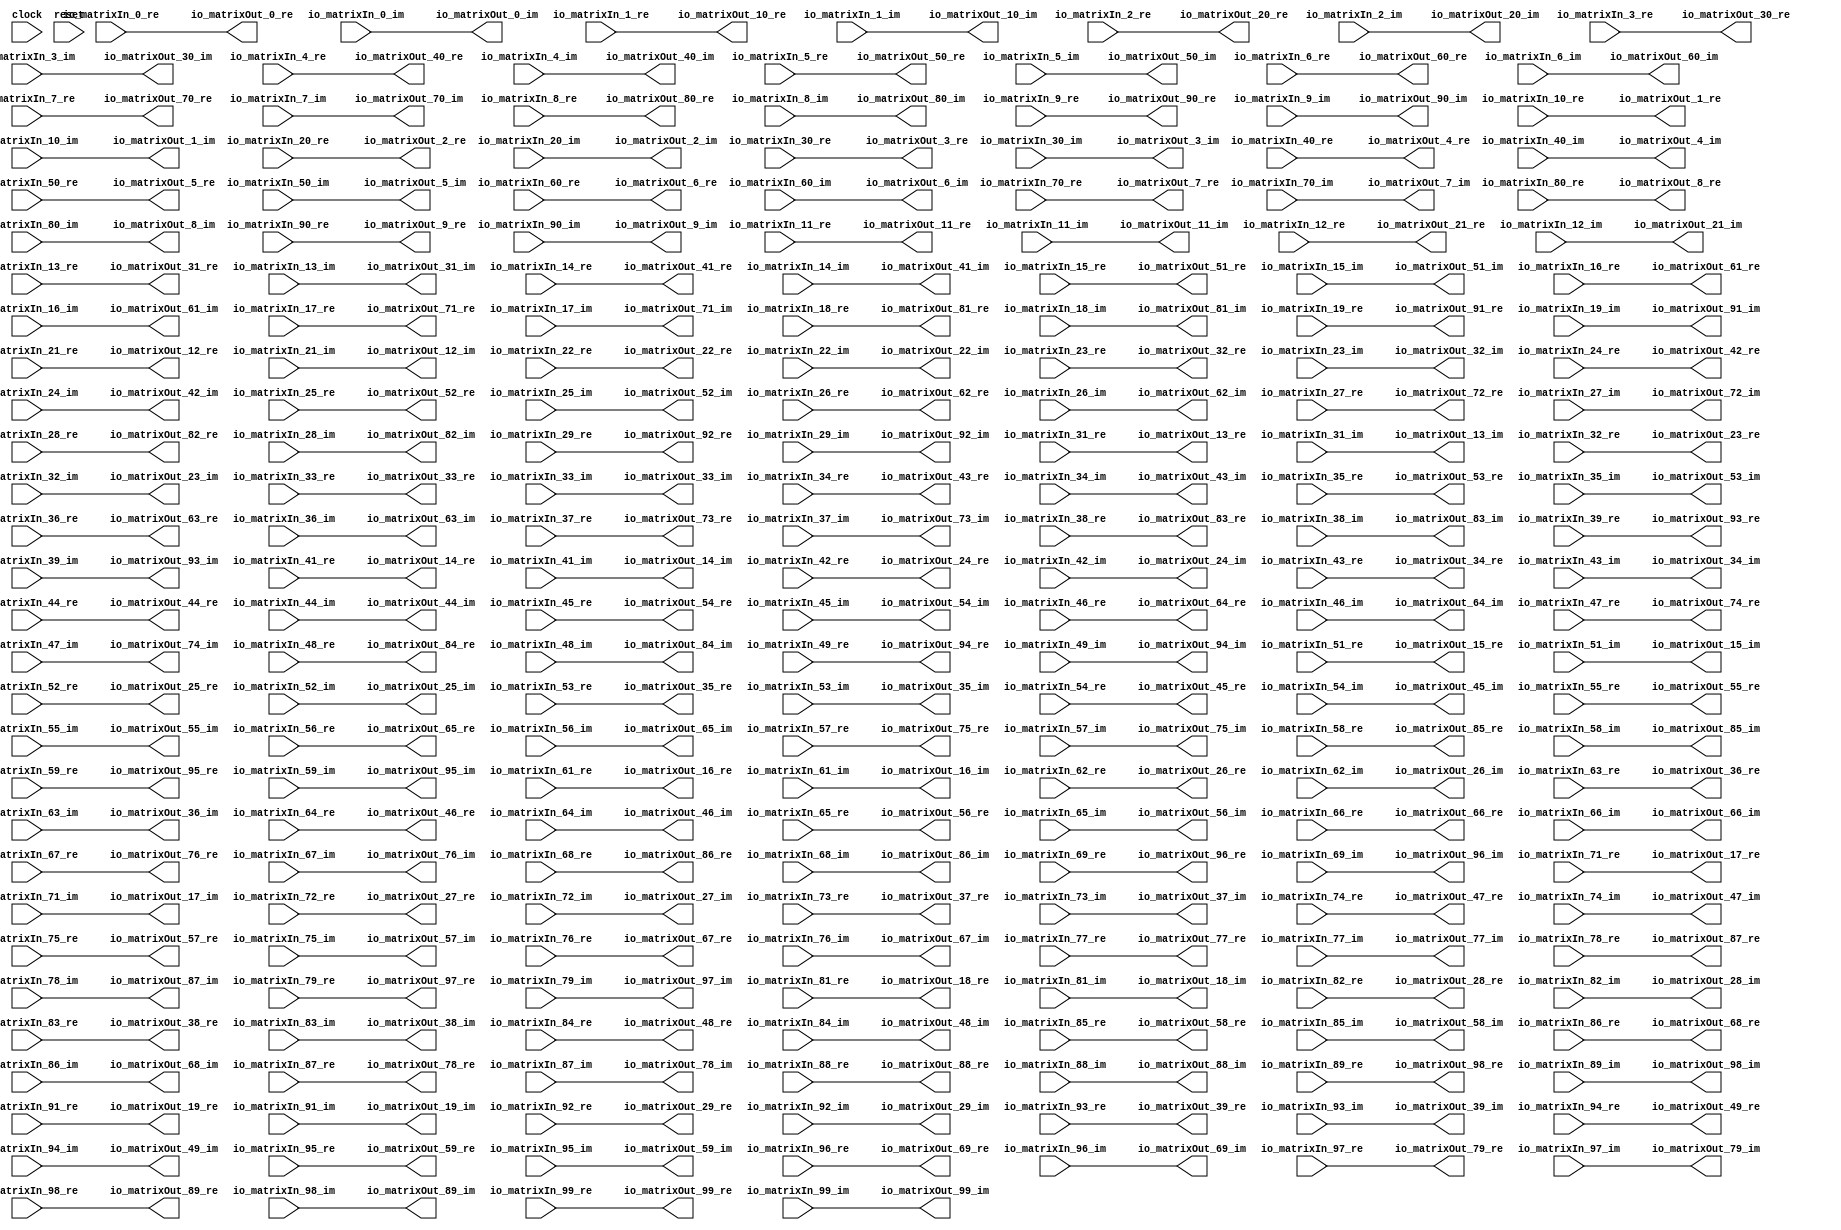
module matrix_transpose(
  input         clock,
  input         reset,
  input  [63:0] io_matrixIn_0_re,
  input  [63:0] io_matrixIn_0_im,
  input  [63:0] io_matrixIn_1_re,
  input  [63:0] io_matrixIn_1_im,
  input  [63:0] io_matrixIn_2_re,
  input  [63:0] io_matrixIn_2_im,
  input  [63:0] io_matrixIn_3_re,
  input  [63:0] io_matrixIn_3_im,
  input  [63:0] io_matrixIn_4_re,
  input  [63:0] io_matrixIn_4_im,
  input  [63:0] io_matrixIn_5_re,
  input  [63:0] io_matrixIn_5_im,
  input  [63:0] io_matrixIn_6_re,
  input  [63:0] io_matrixIn_6_im,
  input  [63:0] io_matrixIn_7_re,
  input  [63:0] io_matrixIn_7_im,
  input  [63:0] io_matrixIn_8_re,
  input  [63:0] io_matrixIn_8_im,
  input  [63:0] io_matrixIn_9_re,
  input  [63:0] io_matrixIn_9_im,
  input  [63:0] io_matrixIn_10_re,
  input  [63:0] io_matrixIn_10_im,
  input  [63:0] io_matrixIn_11_re,
  input  [63:0] io_matrixIn_11_im,
  input  [63:0] io_matrixIn_12_re,
  input  [63:0] io_matrixIn_12_im,
  input  [63:0] io_matrixIn_13_re,
  input  [63:0] io_matrixIn_13_im,
  input  [63:0] io_matrixIn_14_re,
  input  [63:0] io_matrixIn_14_im,
  input  [63:0] io_matrixIn_15_re,
  input  [63:0] io_matrixIn_15_im,
  input  [63:0] io_matrixIn_16_re,
  input  [63:0] io_matrixIn_16_im,
  input  [63:0] io_matrixIn_17_re,
  input  [63:0] io_matrixIn_17_im,
  input  [63:0] io_matrixIn_18_re,
  input  [63:0] io_matrixIn_18_im,
  input  [63:0] io_matrixIn_19_re,
  input  [63:0] io_matrixIn_19_im,
  input  [63:0] io_matrixIn_20_re,
  input  [63:0] io_matrixIn_20_im,
  input  [63:0] io_matrixIn_21_re,
  input  [63:0] io_matrixIn_21_im,
  input  [63:0] io_matrixIn_22_re,
  input  [63:0] io_matrixIn_22_im,
  input  [63:0] io_matrixIn_23_re,
  input  [63:0] io_matrixIn_23_im,
  input  [63:0] io_matrixIn_24_re,
  input  [63:0] io_matrixIn_24_im,
  input  [63:0] io_matrixIn_25_re,
  input  [63:0] io_matrixIn_25_im,
  input  [63:0] io_matrixIn_26_re,
  input  [63:0] io_matrixIn_26_im,
  input  [63:0] io_matrixIn_27_re,
  input  [63:0] io_matrixIn_27_im,
  input  [63:0] io_matrixIn_28_re,
  input  [63:0] io_matrixIn_28_im,
  input  [63:0] io_matrixIn_29_re,
  input  [63:0] io_matrixIn_29_im,
  input  [63:0] io_matrixIn_30_re,
  input  [63:0] io_matrixIn_30_im,
  input  [63:0] io_matrixIn_31_re,
  input  [63:0] io_matrixIn_31_im,
  input  [63:0] io_matrixIn_32_re,
  input  [63:0] io_matrixIn_32_im,
  input  [63:0] io_matrixIn_33_re,
  input  [63:0] io_matrixIn_33_im,
  input  [63:0] io_matrixIn_34_re,
  input  [63:0] io_matrixIn_34_im,
  input  [63:0] io_matrixIn_35_re,
  input  [63:0] io_matrixIn_35_im,
  input  [63:0] io_matrixIn_36_re,
  input  [63:0] io_matrixIn_36_im,
  input  [63:0] io_matrixIn_37_re,
  input  [63:0] io_matrixIn_37_im,
  input  [63:0] io_matrixIn_38_re,
  input  [63:0] io_matrixIn_38_im,
  input  [63:0] io_matrixIn_39_re,
  input  [63:0] io_matrixIn_39_im,
  input  [63:0] io_matrixIn_40_re,
  input  [63:0] io_matrixIn_40_im,
  input  [63:0] io_matrixIn_41_re,
  input  [63:0] io_matrixIn_41_im,
  input  [63:0] io_matrixIn_42_re,
  input  [63:0] io_matrixIn_42_im,
  input  [63:0] io_matrixIn_43_re,
  input  [63:0] io_matrixIn_43_im,
  input  [63:0] io_matrixIn_44_re,
  input  [63:0] io_matrixIn_44_im,
  input  [63:0] io_matrixIn_45_re,
  input  [63:0] io_matrixIn_45_im,
  input  [63:0] io_matrixIn_46_re,
  input  [63:0] io_matrixIn_46_im,
  input  [63:0] io_matrixIn_47_re,
  input  [63:0] io_matrixIn_47_im,
  input  [63:0] io_matrixIn_48_re,
  input  [63:0] io_matrixIn_48_im,
  input  [63:0] io_matrixIn_49_re,
  input  [63:0] io_matrixIn_49_im,
  input  [63:0] io_matrixIn_50_re,
  input  [63:0] io_matrixIn_50_im,
  input  [63:0] io_matrixIn_51_re,
  input  [63:0] io_matrixIn_51_im,
  input  [63:0] io_matrixIn_52_re,
  input  [63:0] io_matrixIn_52_im,
  input  [63:0] io_matrixIn_53_re,
  input  [63:0] io_matrixIn_53_im,
  input  [63:0] io_matrixIn_54_re,
  input  [63:0] io_matrixIn_54_im,
  input  [63:0] io_matrixIn_55_re,
  input  [63:0] io_matrixIn_55_im,
  input  [63:0] io_matrixIn_56_re,
  input  [63:0] io_matrixIn_56_im,
  input  [63:0] io_matrixIn_57_re,
  input  [63:0] io_matrixIn_57_im,
  input  [63:0] io_matrixIn_58_re,
  input  [63:0] io_matrixIn_58_im,
  input  [63:0] io_matrixIn_59_re,
  input  [63:0] io_matrixIn_59_im,
  input  [63:0] io_matrixIn_60_re,
  input  [63:0] io_matrixIn_60_im,
  input  [63:0] io_matrixIn_61_re,
  input  [63:0] io_matrixIn_61_im,
  input  [63:0] io_matrixIn_62_re,
  input  [63:0] io_matrixIn_62_im,
  input  [63:0] io_matrixIn_63_re,
  input  [63:0] io_matrixIn_63_im,
  input  [63:0] io_matrixIn_64_re,
  input  [63:0] io_matrixIn_64_im,
  input  [63:0] io_matrixIn_65_re,
  input  [63:0] io_matrixIn_65_im,
  input  [63:0] io_matrixIn_66_re,
  input  [63:0] io_matrixIn_66_im,
  input  [63:0] io_matrixIn_67_re,
  input  [63:0] io_matrixIn_67_im,
  input  [63:0] io_matrixIn_68_re,
  input  [63:0] io_matrixIn_68_im,
  input  [63:0] io_matrixIn_69_re,
  input  [63:0] io_matrixIn_69_im,
  input  [63:0] io_matrixIn_70_re,
  input  [63:0] io_matrixIn_70_im,
  input  [63:0] io_matrixIn_71_re,
  input  [63:0] io_matrixIn_71_im,
  input  [63:0] io_matrixIn_72_re,
  input  [63:0] io_matrixIn_72_im,
  input  [63:0] io_matrixIn_73_re,
  input  [63:0] io_matrixIn_73_im,
  input  [63:0] io_matrixIn_74_re,
  input  [63:0] io_matrixIn_74_im,
  input  [63:0] io_matrixIn_75_re,
  input  [63:0] io_matrixIn_75_im,
  input  [63:0] io_matrixIn_76_re,
  input  [63:0] io_matrixIn_76_im,
  input  [63:0] io_matrixIn_77_re,
  input  [63:0] io_matrixIn_77_im,
  input  [63:0] io_matrixIn_78_re,
  input  [63:0] io_matrixIn_78_im,
  input  [63:0] io_matrixIn_79_re,
  input  [63:0] io_matrixIn_79_im,
  input  [63:0] io_matrixIn_80_re,
  input  [63:0] io_matrixIn_80_im,
  input  [63:0] io_matrixIn_81_re,
  input  [63:0] io_matrixIn_81_im,
  input  [63:0] io_matrixIn_82_re,
  input  [63:0] io_matrixIn_82_im,
  input  [63:0] io_matrixIn_83_re,
  input  [63:0] io_matrixIn_83_im,
  input  [63:0] io_matrixIn_84_re,
  input  [63:0] io_matrixIn_84_im,
  input  [63:0] io_matrixIn_85_re,
  input  [63:0] io_matrixIn_85_im,
  input  [63:0] io_matrixIn_86_re,
  input  [63:0] io_matrixIn_86_im,
  input  [63:0] io_matrixIn_87_re,
  input  [63:0] io_matrixIn_87_im,
  input  [63:0] io_matrixIn_88_re,
  input  [63:0] io_matrixIn_88_im,
  input  [63:0] io_matrixIn_89_re,
  input  [63:0] io_matrixIn_89_im,
  input  [63:0] io_matrixIn_90_re,
  input  [63:0] io_matrixIn_90_im,
  input  [63:0] io_matrixIn_91_re,
  input  [63:0] io_matrixIn_91_im,
  input  [63:0] io_matrixIn_92_re,
  input  [63:0] io_matrixIn_92_im,
  input  [63:0] io_matrixIn_93_re,
  input  [63:0] io_matrixIn_93_im,
  input  [63:0] io_matrixIn_94_re,
  input  [63:0] io_matrixIn_94_im,
  input  [63:0] io_matrixIn_95_re,
  input  [63:0] io_matrixIn_95_im,
  input  [63:0] io_matrixIn_96_re,
  input  [63:0] io_matrixIn_96_im,
  input  [63:0] io_matrixIn_97_re,
  input  [63:0] io_matrixIn_97_im,
  input  [63:0] io_matrixIn_98_re,
  input  [63:0] io_matrixIn_98_im,
  input  [63:0] io_matrixIn_99_re,
  input  [63:0] io_matrixIn_99_im,
  output [63:0] io_matrixOut_0_re,
  output [63:0] io_matrixOut_0_im,
  output [63:0] io_matrixOut_1_re,
  output [63:0] io_matrixOut_1_im,
  output [63:0] io_matrixOut_2_re,
  output [63:0] io_matrixOut_2_im,
  output [63:0] io_matrixOut_3_re,
  output [63:0] io_matrixOut_3_im,
  output [63:0] io_matrixOut_4_re,
  output [63:0] io_matrixOut_4_im,
  output [63:0] io_matrixOut_5_re,
  output [63:0] io_matrixOut_5_im,
  output [63:0] io_matrixOut_6_re,
  output [63:0] io_matrixOut_6_im,
  output [63:0] io_matrixOut_7_re,
  output [63:0] io_matrixOut_7_im,
  output [63:0] io_matrixOut_8_re,
  output [63:0] io_matrixOut_8_im,
  output [63:0] io_matrixOut_9_re,
  output [63:0] io_matrixOut_9_im,
  output [63:0] io_matrixOut_10_re,
  output [63:0] io_matrixOut_10_im,
  output [63:0] io_matrixOut_11_re,
  output [63:0] io_matrixOut_11_im,
  output [63:0] io_matrixOut_12_re,
  output [63:0] io_matrixOut_12_im,
  output [63:0] io_matrixOut_13_re,
  output [63:0] io_matrixOut_13_im,
  output [63:0] io_matrixOut_14_re,
  output [63:0] io_matrixOut_14_im,
  output [63:0] io_matrixOut_15_re,
  output [63:0] io_matrixOut_15_im,
  output [63:0] io_matrixOut_16_re,
  output [63:0] io_matrixOut_16_im,
  output [63:0] io_matrixOut_17_re,
  output [63:0] io_matrixOut_17_im,
  output [63:0] io_matrixOut_18_re,
  output [63:0] io_matrixOut_18_im,
  output [63:0] io_matrixOut_19_re,
  output [63:0] io_matrixOut_19_im,
  output [63:0] io_matrixOut_20_re,
  output [63:0] io_matrixOut_20_im,
  output [63:0] io_matrixOut_21_re,
  output [63:0] io_matrixOut_21_im,
  output [63:0] io_matrixOut_22_re,
  output [63:0] io_matrixOut_22_im,
  output [63:0] io_matrixOut_23_re,
  output [63:0] io_matrixOut_23_im,
  output [63:0] io_matrixOut_24_re,
  output [63:0] io_matrixOut_24_im,
  output [63:0] io_matrixOut_25_re,
  output [63:0] io_matrixOut_25_im,
  output [63:0] io_matrixOut_26_re,
  output [63:0] io_matrixOut_26_im,
  output [63:0] io_matrixOut_27_re,
  output [63:0] io_matrixOut_27_im,
  output [63:0] io_matrixOut_28_re,
  output [63:0] io_matrixOut_28_im,
  output [63:0] io_matrixOut_29_re,
  output [63:0] io_matrixOut_29_im,
  output [63:0] io_matrixOut_30_re,
  output [63:0] io_matrixOut_30_im,
  output [63:0] io_matrixOut_31_re,
  output [63:0] io_matrixOut_31_im,
  output [63:0] io_matrixOut_32_re,
  output [63:0] io_matrixOut_32_im,
  output [63:0] io_matrixOut_33_re,
  output [63:0] io_matrixOut_33_im,
  output [63:0] io_matrixOut_34_re,
  output [63:0] io_matrixOut_34_im,
  output [63:0] io_matrixOut_35_re,
  output [63:0] io_matrixOut_35_im,
  output [63:0] io_matrixOut_36_re,
  output [63:0] io_matrixOut_36_im,
  output [63:0] io_matrixOut_37_re,
  output [63:0] io_matrixOut_37_im,
  output [63:0] io_matrixOut_38_re,
  output [63:0] io_matrixOut_38_im,
  output [63:0] io_matrixOut_39_re,
  output [63:0] io_matrixOut_39_im,
  output [63:0] io_matrixOut_40_re,
  output [63:0] io_matrixOut_40_im,
  output [63:0] io_matrixOut_41_re,
  output [63:0] io_matrixOut_41_im,
  output [63:0] io_matrixOut_42_re,
  output [63:0] io_matrixOut_42_im,
  output [63:0] io_matrixOut_43_re,
  output [63:0] io_matrixOut_43_im,
  output [63:0] io_matrixOut_44_re,
  output [63:0] io_matrixOut_44_im,
  output [63:0] io_matrixOut_45_re,
  output [63:0] io_matrixOut_45_im,
  output [63:0] io_matrixOut_46_re,
  output [63:0] io_matrixOut_46_im,
  output [63:0] io_matrixOut_47_re,
  output [63:0] io_matrixOut_47_im,
  output [63:0] io_matrixOut_48_re,
  output [63:0] io_matrixOut_48_im,
  output [63:0] io_matrixOut_49_re,
  output [63:0] io_matrixOut_49_im,
  output [63:0] io_matrixOut_50_re,
  output [63:0] io_matrixOut_50_im,
  output [63:0] io_matrixOut_51_re,
  output [63:0] io_matrixOut_51_im,
  output [63:0] io_matrixOut_52_re,
  output [63:0] io_matrixOut_52_im,
  output [63:0] io_matrixOut_53_re,
  output [63:0] io_matrixOut_53_im,
  output [63:0] io_matrixOut_54_re,
  output [63:0] io_matrixOut_54_im,
  output [63:0] io_matrixOut_55_re,
  output [63:0] io_matrixOut_55_im,
  output [63:0] io_matrixOut_56_re,
  output [63:0] io_matrixOut_56_im,
  output [63:0] io_matrixOut_57_re,
  output [63:0] io_matrixOut_57_im,
  output [63:0] io_matrixOut_58_re,
  output [63:0] io_matrixOut_58_im,
  output [63:0] io_matrixOut_59_re,
  output [63:0] io_matrixOut_59_im,
  output [63:0] io_matrixOut_60_re,
  output [63:0] io_matrixOut_60_im,
  output [63:0] io_matrixOut_61_re,
  output [63:0] io_matrixOut_61_im,
  output [63:0] io_matrixOut_62_re,
  output [63:0] io_matrixOut_62_im,
  output [63:0] io_matrixOut_63_re,
  output [63:0] io_matrixOut_63_im,
  output [63:0] io_matrixOut_64_re,
  output [63:0] io_matrixOut_64_im,
  output [63:0] io_matrixOut_65_re,
  output [63:0] io_matrixOut_65_im,
  output [63:0] io_matrixOut_66_re,
  output [63:0] io_matrixOut_66_im,
  output [63:0] io_matrixOut_67_re,
  output [63:0] io_matrixOut_67_im,
  output [63:0] io_matrixOut_68_re,
  output [63:0] io_matrixOut_68_im,
  output [63:0] io_matrixOut_69_re,
  output [63:0] io_matrixOut_69_im,
  output [63:0] io_matrixOut_70_re,
  output [63:0] io_matrixOut_70_im,
  output [63:0] io_matrixOut_71_re,
  output [63:0] io_matrixOut_71_im,
  output [63:0] io_matrixOut_72_re,
  output [63:0] io_matrixOut_72_im,
  output [63:0] io_matrixOut_73_re,
  output [63:0] io_matrixOut_73_im,
  output [63:0] io_matrixOut_74_re,
  output [63:0] io_matrixOut_74_im,
  output [63:0] io_matrixOut_75_re,
  output [63:0] io_matrixOut_75_im,
  output [63:0] io_matrixOut_76_re,
  output [63:0] io_matrixOut_76_im,
  output [63:0] io_matrixOut_77_re,
  output [63:0] io_matrixOut_77_im,
  output [63:0] io_matrixOut_78_re,
  output [63:0] io_matrixOut_78_im,
  output [63:0] io_matrixOut_79_re,
  output [63:0] io_matrixOut_79_im,
  output [63:0] io_matrixOut_80_re,
  output [63:0] io_matrixOut_80_im,
  output [63:0] io_matrixOut_81_re,
  output [63:0] io_matrixOut_81_im,
  output [63:0] io_matrixOut_82_re,
  output [63:0] io_matrixOut_82_im,
  output [63:0] io_matrixOut_83_re,
  output [63:0] io_matrixOut_83_im,
  output [63:0] io_matrixOut_84_re,
  output [63:0] io_matrixOut_84_im,
  output [63:0] io_matrixOut_85_re,
  output [63:0] io_matrixOut_85_im,
  output [63:0] io_matrixOut_86_re,
  output [63:0] io_matrixOut_86_im,
  output [63:0] io_matrixOut_87_re,
  output [63:0] io_matrixOut_87_im,
  output [63:0] io_matrixOut_88_re,
  output [63:0] io_matrixOut_88_im,
  output [63:0] io_matrixOut_89_re,
  output [63:0] io_matrixOut_89_im,
  output [63:0] io_matrixOut_90_re,
  output [63:0] io_matrixOut_90_im,
  output [63:0] io_matrixOut_91_re,
  output [63:0] io_matrixOut_91_im,
  output [63:0] io_matrixOut_92_re,
  output [63:0] io_matrixOut_92_im,
  output [63:0] io_matrixOut_93_re,
  output [63:0] io_matrixOut_93_im,
  output [63:0] io_matrixOut_94_re,
  output [63:0] io_matrixOut_94_im,
  output [63:0] io_matrixOut_95_re,
  output [63:0] io_matrixOut_95_im,
  output [63:0] io_matrixOut_96_re,
  output [63:0] io_matrixOut_96_im,
  output [63:0] io_matrixOut_97_re,
  output [63:0] io_matrixOut_97_im,
  output [63:0] io_matrixOut_98_re,
  output [63:0] io_matrixOut_98_im,
  output [63:0] io_matrixOut_99_re,
  output [63:0] io_matrixOut_99_im
);
  assign io_matrixOut_0_re = io_matrixIn_0_re; // @[Matrix_Transpose.scala 22:31]
  assign io_matrixOut_0_im = io_matrixIn_0_im; // @[Matrix_Transpose.scala 22:31]
  assign io_matrixOut_1_re = io_matrixIn_10_re; // @[Matrix_Transpose.scala 22:31]
  assign io_matrixOut_1_im = io_matrixIn_10_im; // @[Matrix_Transpose.scala 22:31]
  assign io_matrixOut_2_re = io_matrixIn_20_re; // @[Matrix_Transpose.scala 22:31]
  assign io_matrixOut_2_im = io_matrixIn_20_im; // @[Matrix_Transpose.scala 22:31]
  assign io_matrixOut_3_re = io_matrixIn_30_re; // @[Matrix_Transpose.scala 22:31]
  assign io_matrixOut_3_im = io_matrixIn_30_im; // @[Matrix_Transpose.scala 22:31]
  assign io_matrixOut_4_re = io_matrixIn_40_re; // @[Matrix_Transpose.scala 22:31]
  assign io_matrixOut_4_im = io_matrixIn_40_im; // @[Matrix_Transpose.scala 22:31]
  assign io_matrixOut_5_re = io_matrixIn_50_re; // @[Matrix_Transpose.scala 22:31]
  assign io_matrixOut_5_im = io_matrixIn_50_im; // @[Matrix_Transpose.scala 22:31]
  assign io_matrixOut_6_re = io_matrixIn_60_re; // @[Matrix_Transpose.scala 22:31]
  assign io_matrixOut_6_im = io_matrixIn_60_im; // @[Matrix_Transpose.scala 22:31]
  assign io_matrixOut_7_re = io_matrixIn_70_re; // @[Matrix_Transpose.scala 22:31]
  assign io_matrixOut_7_im = io_matrixIn_70_im; // @[Matrix_Transpose.scala 22:31]
  assign io_matrixOut_8_re = io_matrixIn_80_re; // @[Matrix_Transpose.scala 22:31]
  assign io_matrixOut_8_im = io_matrixIn_80_im; // @[Matrix_Transpose.scala 22:31]
  assign io_matrixOut_9_re = io_matrixIn_90_re; // @[Matrix_Transpose.scala 22:31]
  assign io_matrixOut_9_im = io_matrixIn_90_im; // @[Matrix_Transpose.scala 22:31]
  assign io_matrixOut_10_re = io_matrixIn_1_re; // @[Matrix_Transpose.scala 22:31]
  assign io_matrixOut_10_im = io_matrixIn_1_im; // @[Matrix_Transpose.scala 22:31]
  assign io_matrixOut_11_re = io_matrixIn_11_re; // @[Matrix_Transpose.scala 22:31]
  assign io_matrixOut_11_im = io_matrixIn_11_im; // @[Matrix_Transpose.scala 22:31]
  assign io_matrixOut_12_re = io_matrixIn_21_re; // @[Matrix_Transpose.scala 22:31]
  assign io_matrixOut_12_im = io_matrixIn_21_im; // @[Matrix_Transpose.scala 22:31]
  assign io_matrixOut_13_re = io_matrixIn_31_re; // @[Matrix_Transpose.scala 22:31]
  assign io_matrixOut_13_im = io_matrixIn_31_im; // @[Matrix_Transpose.scala 22:31]
  assign io_matrixOut_14_re = io_matrixIn_41_re; // @[Matrix_Transpose.scala 22:31]
  assign io_matrixOut_14_im = io_matrixIn_41_im; // @[Matrix_Transpose.scala 22:31]
  assign io_matrixOut_15_re = io_matrixIn_51_re; // @[Matrix_Transpose.scala 22:31]
  assign io_matrixOut_15_im = io_matrixIn_51_im; // @[Matrix_Transpose.scala 22:31]
  assign io_matrixOut_16_re = io_matrixIn_61_re; // @[Matrix_Transpose.scala 22:31]
  assign io_matrixOut_16_im = io_matrixIn_61_im; // @[Matrix_Transpose.scala 22:31]
  assign io_matrixOut_17_re = io_matrixIn_71_re; // @[Matrix_Transpose.scala 22:31]
  assign io_matrixOut_17_im = io_matrixIn_71_im; // @[Matrix_Transpose.scala 22:31]
  assign io_matrixOut_18_re = io_matrixIn_81_re; // @[Matrix_Transpose.scala 22:31]
  assign io_matrixOut_18_im = io_matrixIn_81_im; // @[Matrix_Transpose.scala 22:31]
  assign io_matrixOut_19_re = io_matrixIn_91_re; // @[Matrix_Transpose.scala 22:31]
  assign io_matrixOut_19_im = io_matrixIn_91_im; // @[Matrix_Transpose.scala 22:31]
  assign io_matrixOut_20_re = io_matrixIn_2_re; // @[Matrix_Transpose.scala 22:31]
  assign io_matrixOut_20_im = io_matrixIn_2_im; // @[Matrix_Transpose.scala 22:31]
  assign io_matrixOut_21_re = io_matrixIn_12_re; // @[Matrix_Transpose.scala 22:31]
  assign io_matrixOut_21_im = io_matrixIn_12_im; // @[Matrix_Transpose.scala 22:31]
  assign io_matrixOut_22_re = io_matrixIn_22_re; // @[Matrix_Transpose.scala 22:31]
  assign io_matrixOut_22_im = io_matrixIn_22_im; // @[Matrix_Transpose.scala 22:31]
  assign io_matrixOut_23_re = io_matrixIn_32_re; // @[Matrix_Transpose.scala 22:31]
  assign io_matrixOut_23_im = io_matrixIn_32_im; // @[Matrix_Transpose.scala 22:31]
  assign io_matrixOut_24_re = io_matrixIn_42_re; // @[Matrix_Transpose.scala 22:31]
  assign io_matrixOut_24_im = io_matrixIn_42_im; // @[Matrix_Transpose.scala 22:31]
  assign io_matrixOut_25_re = io_matrixIn_52_re; // @[Matrix_Transpose.scala 22:31]
  assign io_matrixOut_25_im = io_matrixIn_52_im; // @[Matrix_Transpose.scala 22:31]
  assign io_matrixOut_26_re = io_matrixIn_62_re; // @[Matrix_Transpose.scala 22:31]
  assign io_matrixOut_26_im = io_matrixIn_62_im; // @[Matrix_Transpose.scala 22:31]
  assign io_matrixOut_27_re = io_matrixIn_72_re; // @[Matrix_Transpose.scala 22:31]
  assign io_matrixOut_27_im = io_matrixIn_72_im; // @[Matrix_Transpose.scala 22:31]
  assign io_matrixOut_28_re = io_matrixIn_82_re; // @[Matrix_Transpose.scala 22:31]
  assign io_matrixOut_28_im = io_matrixIn_82_im; // @[Matrix_Transpose.scala 22:31]
  assign io_matrixOut_29_re = io_matrixIn_92_re; // @[Matrix_Transpose.scala 22:31]
  assign io_matrixOut_29_im = io_matrixIn_92_im; // @[Matrix_Transpose.scala 22:31]
  assign io_matrixOut_30_re = io_matrixIn_3_re; // @[Matrix_Transpose.scala 22:31]
  assign io_matrixOut_30_im = io_matrixIn_3_im; // @[Matrix_Transpose.scala 22:31]
  assign io_matrixOut_31_re = io_matrixIn_13_re; // @[Matrix_Transpose.scala 22:31]
  assign io_matrixOut_31_im = io_matrixIn_13_im; // @[Matrix_Transpose.scala 22:31]
  assign io_matrixOut_32_re = io_matrixIn_23_re; // @[Matrix_Transpose.scala 22:31]
  assign io_matrixOut_32_im = io_matrixIn_23_im; // @[Matrix_Transpose.scala 22:31]
  assign io_matrixOut_33_re = io_matrixIn_33_re; // @[Matrix_Transpose.scala 22:31]
  assign io_matrixOut_33_im = io_matrixIn_33_im; // @[Matrix_Transpose.scala 22:31]
  assign io_matrixOut_34_re = io_matrixIn_43_re; // @[Matrix_Transpose.scala 22:31]
  assign io_matrixOut_34_im = io_matrixIn_43_im; // @[Matrix_Transpose.scala 22:31]
  assign io_matrixOut_35_re = io_matrixIn_53_re; // @[Matrix_Transpose.scala 22:31]
  assign io_matrixOut_35_im = io_matrixIn_53_im; // @[Matrix_Transpose.scala 22:31]
  assign io_matrixOut_36_re = io_matrixIn_63_re; // @[Matrix_Transpose.scala 22:31]
  assign io_matrixOut_36_im = io_matrixIn_63_im; // @[Matrix_Transpose.scala 22:31]
  assign io_matrixOut_37_re = io_matrixIn_73_re; // @[Matrix_Transpose.scala 22:31]
  assign io_matrixOut_37_im = io_matrixIn_73_im; // @[Matrix_Transpose.scala 22:31]
  assign io_matrixOut_38_re = io_matrixIn_83_re; // @[Matrix_Transpose.scala 22:31]
  assign io_matrixOut_38_im = io_matrixIn_83_im; // @[Matrix_Transpose.scala 22:31]
  assign io_matrixOut_39_re = io_matrixIn_93_re; // @[Matrix_Transpose.scala 22:31]
  assign io_matrixOut_39_im = io_matrixIn_93_im; // @[Matrix_Transpose.scala 22:31]
  assign io_matrixOut_40_re = io_matrixIn_4_re; // @[Matrix_Transpose.scala 22:31]
  assign io_matrixOut_40_im = io_matrixIn_4_im; // @[Matrix_Transpose.scala 22:31]
  assign io_matrixOut_41_re = io_matrixIn_14_re; // @[Matrix_Transpose.scala 22:31]
  assign io_matrixOut_41_im = io_matrixIn_14_im; // @[Matrix_Transpose.scala 22:31]
  assign io_matrixOut_42_re = io_matrixIn_24_re; // @[Matrix_Transpose.scala 22:31]
  assign io_matrixOut_42_im = io_matrixIn_24_im; // @[Matrix_Transpose.scala 22:31]
  assign io_matrixOut_43_re = io_matrixIn_34_re; // @[Matrix_Transpose.scala 22:31]
  assign io_matrixOut_43_im = io_matrixIn_34_im; // @[Matrix_Transpose.scala 22:31]
  assign io_matrixOut_44_re = io_matrixIn_44_re; // @[Matrix_Transpose.scala 22:31]
  assign io_matrixOut_44_im = io_matrixIn_44_im; // @[Matrix_Transpose.scala 22:31]
  assign io_matrixOut_45_re = io_matrixIn_54_re; // @[Matrix_Transpose.scala 22:31]
  assign io_matrixOut_45_im = io_matrixIn_54_im; // @[Matrix_Transpose.scala 22:31]
  assign io_matrixOut_46_re = io_matrixIn_64_re; // @[Matrix_Transpose.scala 22:31]
  assign io_matrixOut_46_im = io_matrixIn_64_im; // @[Matrix_Transpose.scala 22:31]
  assign io_matrixOut_47_re = io_matrixIn_74_re; // @[Matrix_Transpose.scala 22:31]
  assign io_matrixOut_47_im = io_matrixIn_74_im; // @[Matrix_Transpose.scala 22:31]
  assign io_matrixOut_48_re = io_matrixIn_84_re; // @[Matrix_Transpose.scala 22:31]
  assign io_matrixOut_48_im = io_matrixIn_84_im; // @[Matrix_Transpose.scala 22:31]
  assign io_matrixOut_49_re = io_matrixIn_94_re; // @[Matrix_Transpose.scala 22:31]
  assign io_matrixOut_49_im = io_matrixIn_94_im; // @[Matrix_Transpose.scala 22:31]
  assign io_matrixOut_50_re = io_matrixIn_5_re; // @[Matrix_Transpose.scala 22:31]
  assign io_matrixOut_50_im = io_matrixIn_5_im; // @[Matrix_Transpose.scala 22:31]
  assign io_matrixOut_51_re = io_matrixIn_15_re; // @[Matrix_Transpose.scala 22:31]
  assign io_matrixOut_51_im = io_matrixIn_15_im; // @[Matrix_Transpose.scala 22:31]
  assign io_matrixOut_52_re = io_matrixIn_25_re; // @[Matrix_Transpose.scala 22:31]
  assign io_matrixOut_52_im = io_matrixIn_25_im; // @[Matrix_Transpose.scala 22:31]
  assign io_matrixOut_53_re = io_matrixIn_35_re; // @[Matrix_Transpose.scala 22:31]
  assign io_matrixOut_53_im = io_matrixIn_35_im; // @[Matrix_Transpose.scala 22:31]
  assign io_matrixOut_54_re = io_matrixIn_45_re; // @[Matrix_Transpose.scala 22:31]
  assign io_matrixOut_54_im = io_matrixIn_45_im; // @[Matrix_Transpose.scala 22:31]
  assign io_matrixOut_55_re = io_matrixIn_55_re; // @[Matrix_Transpose.scala 22:31]
  assign io_matrixOut_55_im = io_matrixIn_55_im; // @[Matrix_Transpose.scala 22:31]
  assign io_matrixOut_56_re = io_matrixIn_65_re; // @[Matrix_Transpose.scala 22:31]
  assign io_matrixOut_56_im = io_matrixIn_65_im; // @[Matrix_Transpose.scala 22:31]
  assign io_matrixOut_57_re = io_matrixIn_75_re; // @[Matrix_Transpose.scala 22:31]
  assign io_matrixOut_57_im = io_matrixIn_75_im; // @[Matrix_Transpose.scala 22:31]
  assign io_matrixOut_58_re = io_matrixIn_85_re; // @[Matrix_Transpose.scala 22:31]
  assign io_matrixOut_58_im = io_matrixIn_85_im; // @[Matrix_Transpose.scala 22:31]
  assign io_matrixOut_59_re = io_matrixIn_95_re; // @[Matrix_Transpose.scala 22:31]
  assign io_matrixOut_59_im = io_matrixIn_95_im; // @[Matrix_Transpose.scala 22:31]
  assign io_matrixOut_60_re = io_matrixIn_6_re; // @[Matrix_Transpose.scala 22:31]
  assign io_matrixOut_60_im = io_matrixIn_6_im; // @[Matrix_Transpose.scala 22:31]
  assign io_matrixOut_61_re = io_matrixIn_16_re; // @[Matrix_Transpose.scala 22:31]
  assign io_matrixOut_61_im = io_matrixIn_16_im; // @[Matrix_Transpose.scala 22:31]
  assign io_matrixOut_62_re = io_matrixIn_26_re; // @[Matrix_Transpose.scala 22:31]
  assign io_matrixOut_62_im = io_matrixIn_26_im; // @[Matrix_Transpose.scala 22:31]
  assign io_matrixOut_63_re = io_matrixIn_36_re; // @[Matrix_Transpose.scala 22:31]
  assign io_matrixOut_63_im = io_matrixIn_36_im; // @[Matrix_Transpose.scala 22:31]
  assign io_matrixOut_64_re = io_matrixIn_46_re; // @[Matrix_Transpose.scala 22:31]
  assign io_matrixOut_64_im = io_matrixIn_46_im; // @[Matrix_Transpose.scala 22:31]
  assign io_matrixOut_65_re = io_matrixIn_56_re; // @[Matrix_Transpose.scala 22:31]
  assign io_matrixOut_65_im = io_matrixIn_56_im; // @[Matrix_Transpose.scala 22:31]
  assign io_matrixOut_66_re = io_matrixIn_66_re; // @[Matrix_Transpose.scala 22:31]
  assign io_matrixOut_66_im = io_matrixIn_66_im; // @[Matrix_Transpose.scala 22:31]
  assign io_matrixOut_67_re = io_matrixIn_76_re; // @[Matrix_Transpose.scala 22:31]
  assign io_matrixOut_67_im = io_matrixIn_76_im; // @[Matrix_Transpose.scala 22:31]
  assign io_matrixOut_68_re = io_matrixIn_86_re; // @[Matrix_Transpose.scala 22:31]
  assign io_matrixOut_68_im = io_matrixIn_86_im; // @[Matrix_Transpose.scala 22:31]
  assign io_matrixOut_69_re = io_matrixIn_96_re; // @[Matrix_Transpose.scala 22:31]
  assign io_matrixOut_69_im = io_matrixIn_96_im; // @[Matrix_Transpose.scala 22:31]
  assign io_matrixOut_70_re = io_matrixIn_7_re; // @[Matrix_Transpose.scala 22:31]
  assign io_matrixOut_70_im = io_matrixIn_7_im; // @[Matrix_Transpose.scala 22:31]
  assign io_matrixOut_71_re = io_matrixIn_17_re; // @[Matrix_Transpose.scala 22:31]
  assign io_matrixOut_71_im = io_matrixIn_17_im; // @[Matrix_Transpose.scala 22:31]
  assign io_matrixOut_72_re = io_matrixIn_27_re; // @[Matrix_Transpose.scala 22:31]
  assign io_matrixOut_72_im = io_matrixIn_27_im; // @[Matrix_Transpose.scala 22:31]
  assign io_matrixOut_73_re = io_matrixIn_37_re; // @[Matrix_Transpose.scala 22:31]
  assign io_matrixOut_73_im = io_matrixIn_37_im; // @[Matrix_Transpose.scala 22:31]
  assign io_matrixOut_74_re = io_matrixIn_47_re; // @[Matrix_Transpose.scala 22:31]
  assign io_matrixOut_74_im = io_matrixIn_47_im; // @[Matrix_Transpose.scala 22:31]
  assign io_matrixOut_75_re = io_matrixIn_57_re; // @[Matrix_Transpose.scala 22:31]
  assign io_matrixOut_75_im = io_matrixIn_57_im; // @[Matrix_Transpose.scala 22:31]
  assign io_matrixOut_76_re = io_matrixIn_67_re; // @[Matrix_Transpose.scala 22:31]
  assign io_matrixOut_76_im = io_matrixIn_67_im; // @[Matrix_Transpose.scala 22:31]
  assign io_matrixOut_77_re = io_matrixIn_77_re; // @[Matrix_Transpose.scala 22:31]
  assign io_matrixOut_77_im = io_matrixIn_77_im; // @[Matrix_Transpose.scala 22:31]
  assign io_matrixOut_78_re = io_matrixIn_87_re; // @[Matrix_Transpose.scala 22:31]
  assign io_matrixOut_78_im = io_matrixIn_87_im; // @[Matrix_Transpose.scala 22:31]
  assign io_matrixOut_79_re = io_matrixIn_97_re; // @[Matrix_Transpose.scala 22:31]
  assign io_matrixOut_79_im = io_matrixIn_97_im; // @[Matrix_Transpose.scala 22:31]
  assign io_matrixOut_80_re = io_matrixIn_8_re; // @[Matrix_Transpose.scala 22:31]
  assign io_matrixOut_80_im = io_matrixIn_8_im; // @[Matrix_Transpose.scala 22:31]
  assign io_matrixOut_81_re = io_matrixIn_18_re; // @[Matrix_Transpose.scala 22:31]
  assign io_matrixOut_81_im = io_matrixIn_18_im; // @[Matrix_Transpose.scala 22:31]
  assign io_matrixOut_82_re = io_matrixIn_28_re; // @[Matrix_Transpose.scala 22:31]
  assign io_matrixOut_82_im = io_matrixIn_28_im; // @[Matrix_Transpose.scala 22:31]
  assign io_matrixOut_83_re = io_matrixIn_38_re; // @[Matrix_Transpose.scala 22:31]
  assign io_matrixOut_83_im = io_matrixIn_38_im; // @[Matrix_Transpose.scala 22:31]
  assign io_matrixOut_84_re = io_matrixIn_48_re; // @[Matrix_Transpose.scala 22:31]
  assign io_matrixOut_84_im = io_matrixIn_48_im; // @[Matrix_Transpose.scala 22:31]
  assign io_matrixOut_85_re = io_matrixIn_58_re; // @[Matrix_Transpose.scala 22:31]
  assign io_matrixOut_85_im = io_matrixIn_58_im; // @[Matrix_Transpose.scala 22:31]
  assign io_matrixOut_86_re = io_matrixIn_68_re; // @[Matrix_Transpose.scala 22:31]
  assign io_matrixOut_86_im = io_matrixIn_68_im; // @[Matrix_Transpose.scala 22:31]
  assign io_matrixOut_87_re = io_matrixIn_78_re; // @[Matrix_Transpose.scala 22:31]
  assign io_matrixOut_87_im = io_matrixIn_78_im; // @[Matrix_Transpose.scala 22:31]
  assign io_matrixOut_88_re = io_matrixIn_88_re; // @[Matrix_Transpose.scala 22:31]
  assign io_matrixOut_88_im = io_matrixIn_88_im; // @[Matrix_Transpose.scala 22:31]
  assign io_matrixOut_89_re = io_matrixIn_98_re; // @[Matrix_Transpose.scala 22:31]
  assign io_matrixOut_89_im = io_matrixIn_98_im; // @[Matrix_Transpose.scala 22:31]
  assign io_matrixOut_90_re = io_matrixIn_9_re; // @[Matrix_Transpose.scala 22:31]
  assign io_matrixOut_90_im = io_matrixIn_9_im; // @[Matrix_Transpose.scala 22:31]
  assign io_matrixOut_91_re = io_matrixIn_19_re; // @[Matrix_Transpose.scala 22:31]
  assign io_matrixOut_91_im = io_matrixIn_19_im; // @[Matrix_Transpose.scala 22:31]
  assign io_matrixOut_92_re = io_matrixIn_29_re; // @[Matrix_Transpose.scala 22:31]
  assign io_matrixOut_92_im = io_matrixIn_29_im; // @[Matrix_Transpose.scala 22:31]
  assign io_matrixOut_93_re = io_matrixIn_39_re; // @[Matrix_Transpose.scala 22:31]
  assign io_matrixOut_93_im = io_matrixIn_39_im; // @[Matrix_Transpose.scala 22:31]
  assign io_matrixOut_94_re = io_matrixIn_49_re; // @[Matrix_Transpose.scala 22:31]
  assign io_matrixOut_94_im = io_matrixIn_49_im; // @[Matrix_Transpose.scala 22:31]
  assign io_matrixOut_95_re = io_matrixIn_59_re; // @[Matrix_Transpose.scala 22:31]
  assign io_matrixOut_95_im = io_matrixIn_59_im; // @[Matrix_Transpose.scala 22:31]
  assign io_matrixOut_96_re = io_matrixIn_69_re; // @[Matrix_Transpose.scala 22:31]
  assign io_matrixOut_96_im = io_matrixIn_69_im; // @[Matrix_Transpose.scala 22:31]
  assign io_matrixOut_97_re = io_matrixIn_79_re; // @[Matrix_Transpose.scala 22:31]
  assign io_matrixOut_97_im = io_matrixIn_79_im; // @[Matrix_Transpose.scala 22:31]
  assign io_matrixOut_98_re = io_matrixIn_89_re; // @[Matrix_Transpose.scala 22:31]
  assign io_matrixOut_98_im = io_matrixIn_89_im; // @[Matrix_Transpose.scala 22:31]
  assign io_matrixOut_99_re = io_matrixIn_99_re; // @[Matrix_Transpose.scala 22:31]
  assign io_matrixOut_99_im = io_matrixIn_99_im; // @[Matrix_Transpose.scala 22:31]
endmodule